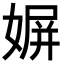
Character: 𡟛